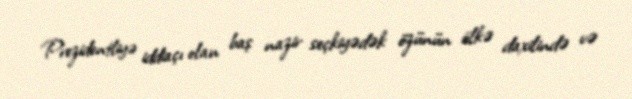
Prezidentliyə iddiaçı olan baş nazir seçkiyədək özünün ölkə daxilində və